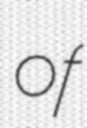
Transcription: of